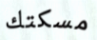
مسكتك